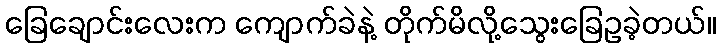
ခြေချောင်းလေးက ကျောက်ခဲနဲ့ တိုက်မိလို့သွေးခြေဥခဲ့တယ်။